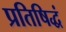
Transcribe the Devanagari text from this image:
प्रतिषिद्धं